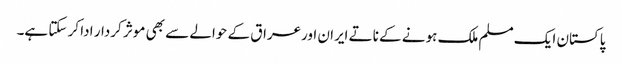
پاکستان ایک مسلم ملک ہونے کے ناتے ایران اورعراق کے حوالے سے بھی موثر کردار ادا کر سکتا ہے۔